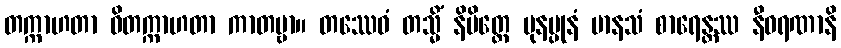
တက္ကာဟတာ ဝိတက္ကာဟတာ ကာတဗ္ဗာ။ တဿေဝံ တသ္မိံ နိမိတ္တေ ပုနပ္ပုနံ မာနသံ စာရေန္တဿ နီဝရဏာနိ